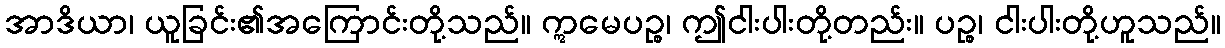
အာဒိယာ၊ ယူခြင်း၏အကြောင်းတို့သည်။ ဣမေပဉ္စ၊ ဤငါးပါးတို့တည်း။ ပဉ္စ၊ ငါးပါးတို့ဟူသည်။